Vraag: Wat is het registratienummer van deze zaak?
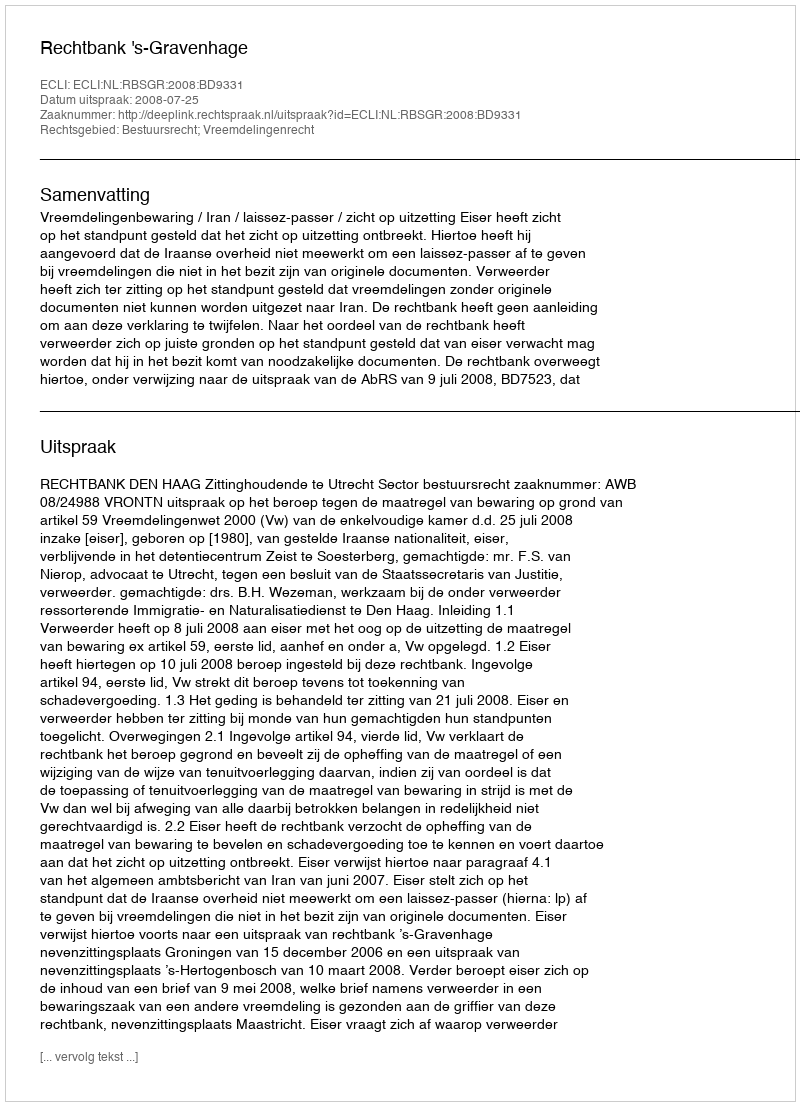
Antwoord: http://deeplink.rechtspraak.nl/uitspraak?id=ECLI:NL:RBSGR:2008:BD9331